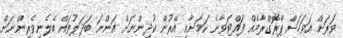
ވަރަށް އަވަހަށް ޕްރޮގްރާމެއް ފައްޓަވާނެ ކަމަށާއި އޭރުން ކުދިންނަށް އަންނަ ބަދަލުތައް ބެލެނިވެރިންނަށް